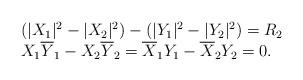
LaTeX: \begin{align*}\begin{array}{lcr}(|X_1|^2-|X_2|^2)- (|Y_1|^2-|Y_2|^2)=R_2\\X_1\overline{Y}_1-X_2\overline{Y}_2=\overline{X}_1 Y_1-\overline{X}_2Y_2=0.\end{array}\end{align*}